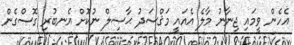
އެހެން ވީމައި ޖިނާނު މާލެ އެއައީ މަޤްސަދު ޙާޞިލް ނުކޮށް އެނބުރި ގޮސްގެން